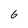
Character: 6